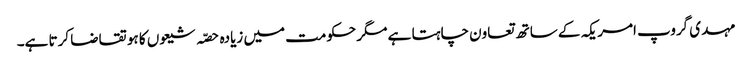
مہدی گروپ امریکہ کے ساتھ تعاون چاہتا ہے مگر حکومت میں زیادہ حصّہ شیعوں کا ہو تقاضا کرتا ہے۔